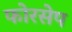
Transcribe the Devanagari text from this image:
फोरसेप